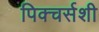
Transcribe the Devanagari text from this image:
पिक्चर्सशी